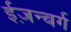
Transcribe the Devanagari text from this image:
ईज़न्बर्ग